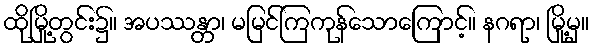
ထိုမြို့တွင်း၌။ အပဿန္တာ၊ မမြင်ကြကုန်သောကြောင့်။ နဂရာ၊ မြို့မှ။